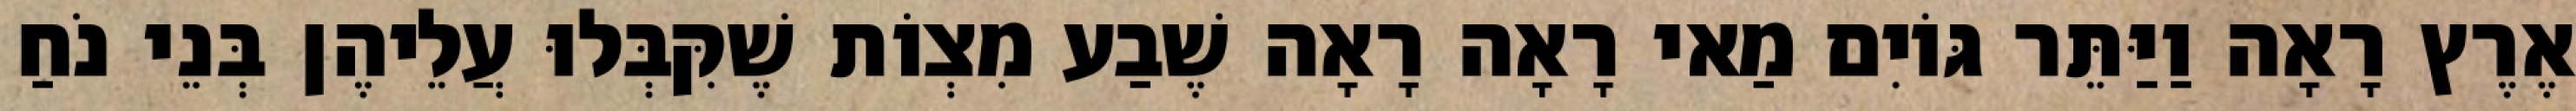
אֶרֶץ רָאָה וַיַּתֵּר גּוֹיִם מַאי רָאָה רָאָה שֶׁבַע מִצְוֹת שֶׁקִּבְּלוּ עֲלֵיהֶן בְּנֵי נֹחַ